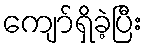
ကျော်ရှိခဲ့ပြီး